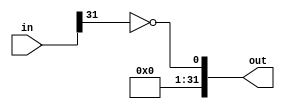
`timescale 1ns / 1ps
//////////////////////////////////////////////////////////////////////////////////
// Company: 
// Engineer: 
// 
// Design Name: 
// Module Name: EXT
// Project Name: 
// Target Devices: 
// Tool Versions: 
// Description: 
// 
// Dependencies: 
// 
// Revision:
// Revision 0.01 - File Created
// Additional Comments:
// 
//////////////////////////////////////////////////////////////////////////////////


module EXT( input [31:0] in, 
            output [31:0] out);

    
    assign out[0] = ~in[31];   
    
    assign out[31:1] = 31'b0;
   
             
endmodule